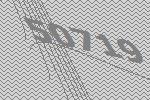
50719